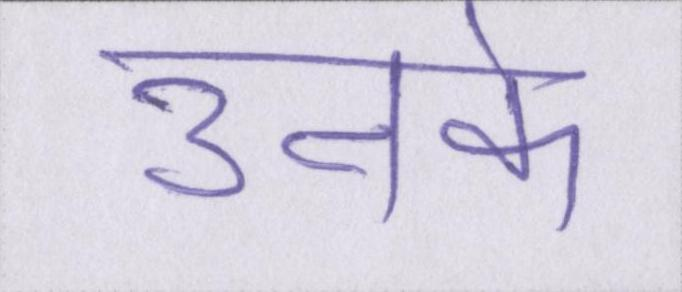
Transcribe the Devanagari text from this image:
उनके